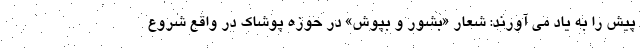
پیش را به یاد می آورند: شعار «بشور و بپوش» در حوزه پوشاک در واقع شروع